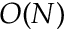
O ( N )